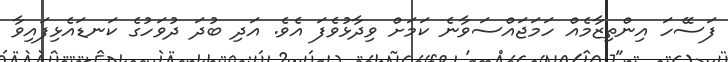
ފަސޭހަ އިންތިޒާމެއް ހަމަޖައްސަވާނެ ކަމަށް ވިދާޅުވެފަ އެވެ. އަދި ބުދަ ދުވަހުގެ ކަނޑައެޅިފައިވާ